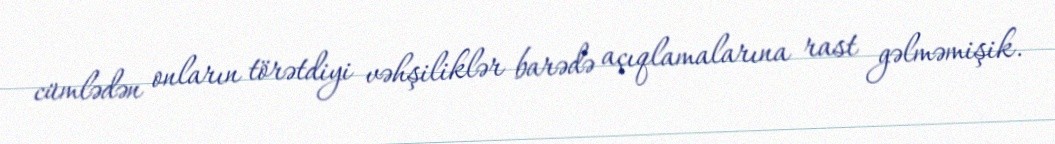
cümlədən onların törətdiyi vəhşiliklər barədə açıqlamalarına rast gəlməmişik.